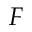
F